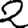
Digit: 2